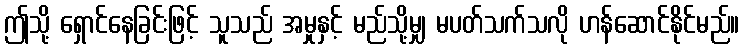
ဤသို့ ရှောင်နေခြင်းဖြင့် သူသည် အမှုနှင့် မည်သို့မျှ မပတ်သက်သလို ဟန်ဆောင်နိုင်မည်။